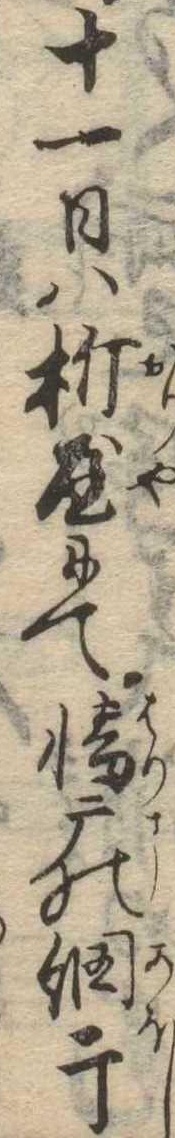
十一日は折屋にて播广の網干